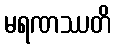
မရဏဿတိ